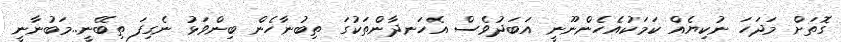
ގޮތަށް މަދަހަ ނުކިޔެއް ކަމަކުއެހެންނޫނީ އަބަދުވެސް އެހަނދާންތަކުގަ ތިބުނާހެން ބިންވަޅު ނެގިފަ ތިބޭނީ..މަބުނާނީ